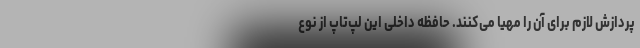
پردازش لازم برای آن را مهیا می‌کنند. حافظه داخلی این لپ‌تاپ از نوع